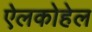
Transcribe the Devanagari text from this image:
ऐलकोहेल